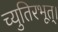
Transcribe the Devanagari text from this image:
च्युतिरभूत्।